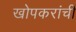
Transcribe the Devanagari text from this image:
खोपकरांची